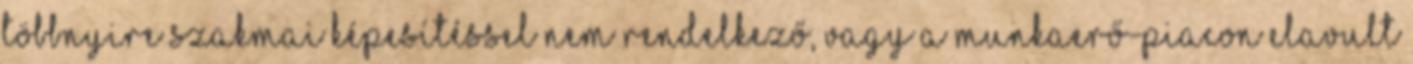
többnyire szakmai képesítéssel nem rendelkező, vagy a munkaerő-piacon elavult